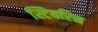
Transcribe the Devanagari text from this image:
स्टियरिन